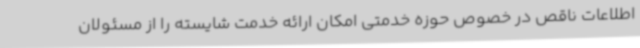
اطلاعات ناقص در خصوص حوزه خدمتی امکان ارائه خدمت شایسته را از مسئولان